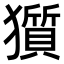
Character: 𤢽